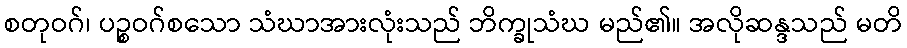
စတုဝဂ်၊ ပဉ္စဝဂ်စသော သံဃာအားလုံးသည် ဘိက္ခုသံဃ မည်၏။ အလိုဆန္ဒသည် မတိ